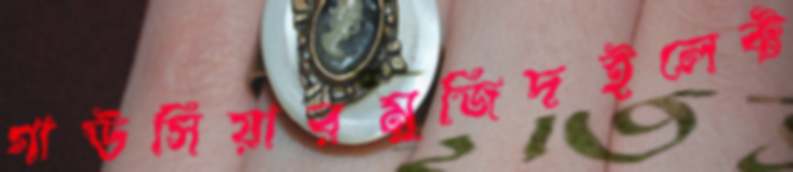
গাউসিয়ারমুজিদইলেক্ট